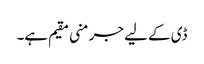
ڈی کے لیے جرمنی مقیم ہے۔